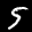
Label: 5